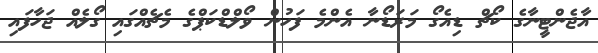
އާޖެންޓީނާގެ ކޯޗް ޑިއެގޯ މަރަޑޯނާ އެންމެ ފަހުން ވޯލްޑްކަޕްގެ މެޗެއްގައި ގޯލެއް ޖަހާފައި